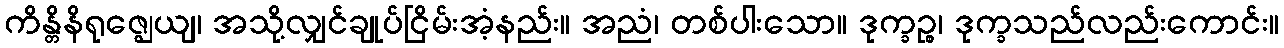
ကိန္တိနိရုဇ္ဈေယျ၊ အသို့လျှင်ချုပ်ငြိမ်းအံ့နည်း။ အညံ၊ တစ်ပါးသော။ ဒုက္ခဉ္စ၊ ဒုက္ခသည်လည်းကောင်း။